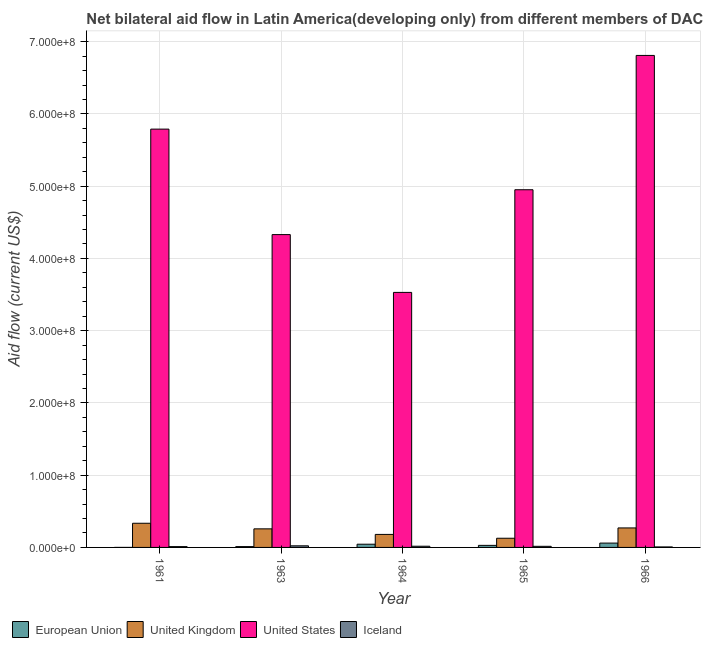
| Year | European Union | United Kingdom | United States | Iceland |
 | --- | --- | --- | --- | --- |
 | 1961 | 1e+04 | 3.34e+07 | 5.79e+08 | 1.13e+06 |
 | 1963 | 1.14e+06 | 2.57e+07 | 4.33e+08 | 2.23e+06 |
 | 1964 | 4.45e+06 | 1.8e+07 | 3.53e+08 | 1.67e+06 |
 | 1965 | 2.85e+06 | 1.27e+07 | 4.95e+08 | 1.53e+06 |
 | 1966 | 6.01e+06 | 2.7e+07 | 6.81e+08 | 6.8e+05 |